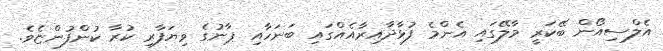
އެލްސިއޯން ބޭކަރީ މާލޭގައި އެންމެ ފުޅާދާއިރާއެއްގައި ބަނަހާއި ޕާނުގެ ވިޔަފާރި ކުރާ ކުންފުންޏެވެ.